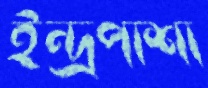
ইন্দ্রপাশা